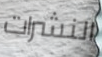
النشرات